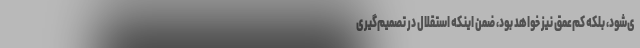
ی‌شود، بلکه کم‌عمق نیز خواهد بود، ضمن اینکه استقلال در تصمیم‌گیری